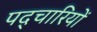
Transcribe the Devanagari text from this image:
पद्चारियों